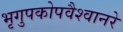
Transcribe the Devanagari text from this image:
भृगुपकोपवैश्वानरे